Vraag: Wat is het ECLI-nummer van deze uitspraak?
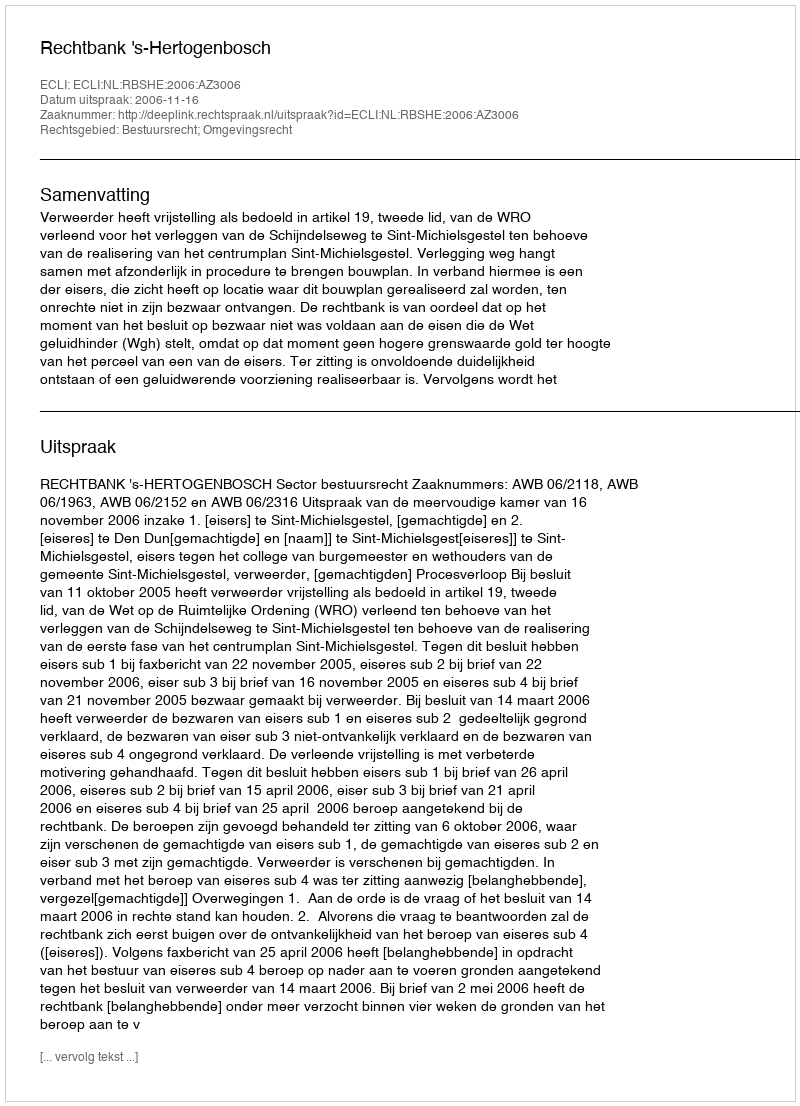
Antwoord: ECLI:NL:RBSHE:2006:AZ3006